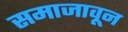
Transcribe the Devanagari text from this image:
समाजावून